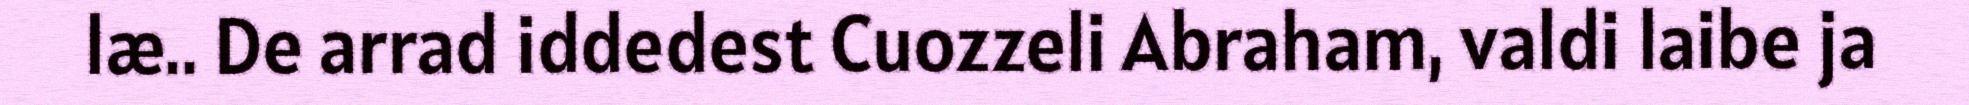
læ.. De arrad iddedest Cuozzeli Abraham, valdi laibe ja